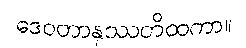
ဒေဝတာနုဿတိထကာ။